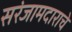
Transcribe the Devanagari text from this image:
सरंजामदाराचे